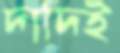
দাদিই